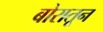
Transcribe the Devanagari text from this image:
बोरातून